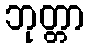
ဘုတ္တာ